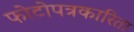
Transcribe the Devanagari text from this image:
फोटोपत्रकारिता